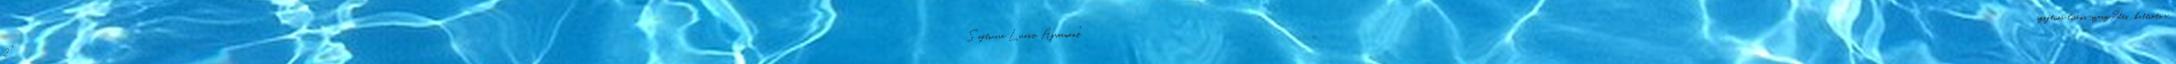
2 "Software License Agreement" szoftver licens-szerz?dés , kattints a